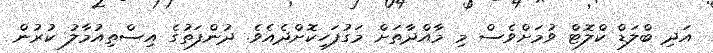
އަދި ބްލަޑް ކްލޮޓް ވުމަށްވެސް މި މާއްދާތަށް މަގުފަހިކޮށްދެއެވެ. ދުންފަތުގެ އިސްތިއުމާލު ކުރުން